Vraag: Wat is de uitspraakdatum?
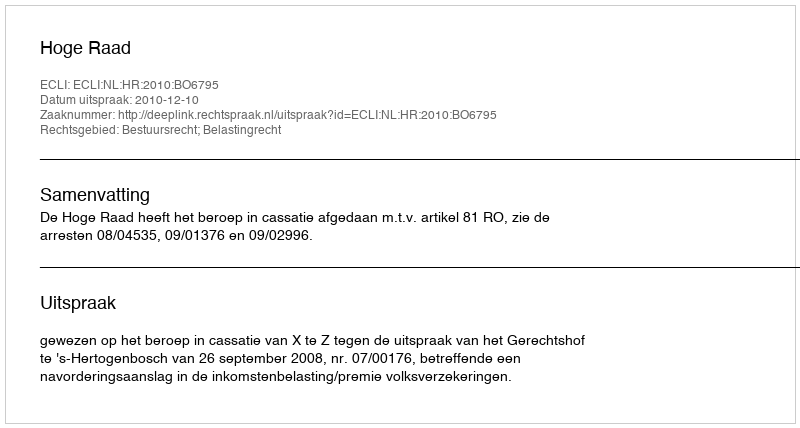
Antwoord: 2010-12-10